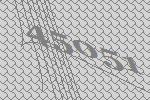
45051